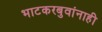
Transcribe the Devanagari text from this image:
भाटकरबुवांनाही